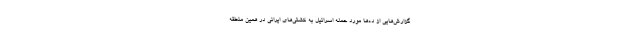
گزارش‌هایی از ده‌ها مورد حمله اسرائیل به کشتی‌های ایرانی در همین منطقه